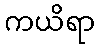
ကယိရာ